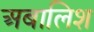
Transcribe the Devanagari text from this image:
अबालिश